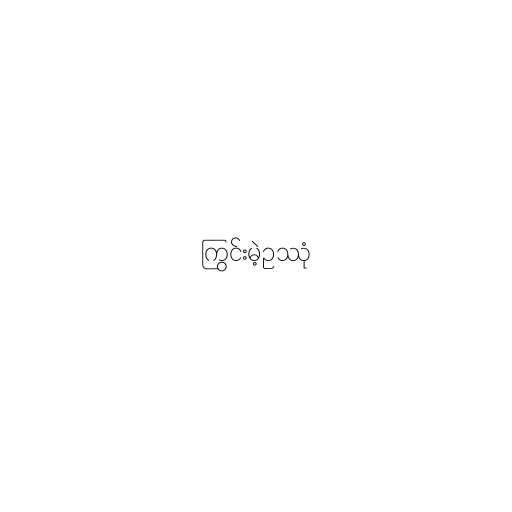
ကြွင်းမဲ့ဥဿုံ